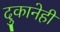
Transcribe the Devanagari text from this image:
दुकानेही